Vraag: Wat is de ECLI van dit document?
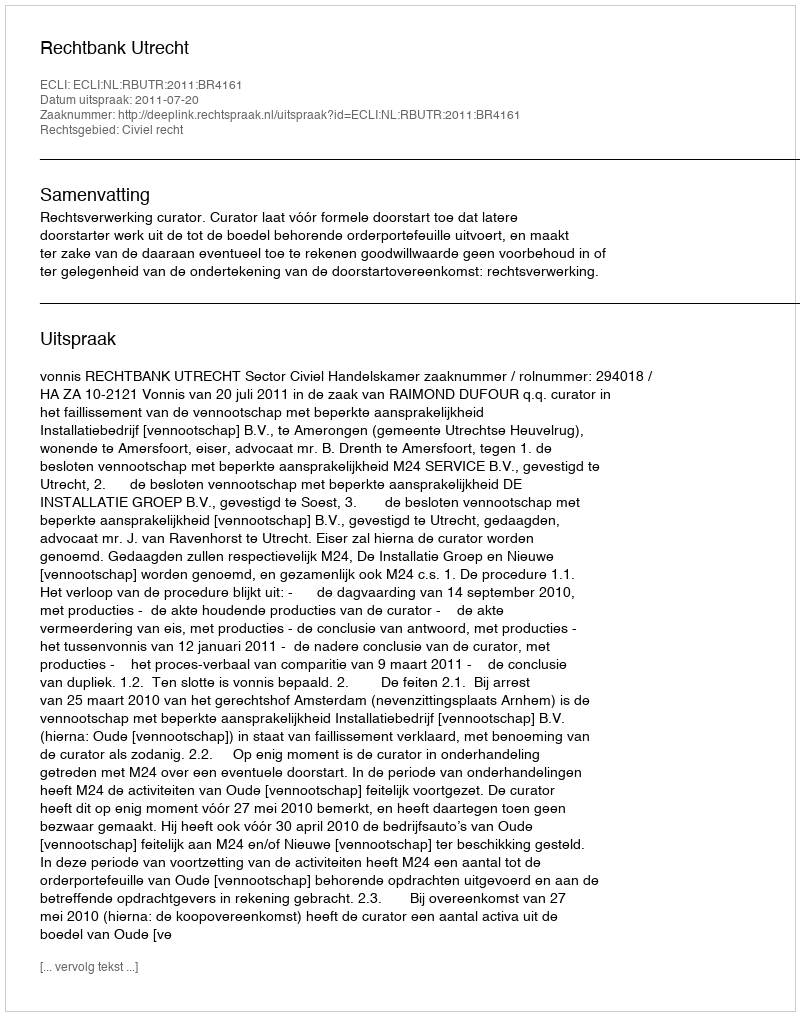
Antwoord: ECLI:NL:RBUTR:2011:BR4161